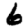
Digit: 6